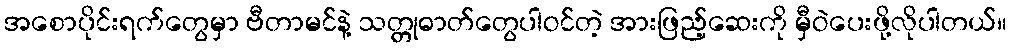
အစောပိုင်းရက်တွေမှာ ဗီတာမင်နဲ့ သတ္တုဓာတ်တွေပါဝင်တဲ့ အားဖြည့်ဆေးကို မှီဝဲပေးဖို့လိုပါတယ်။